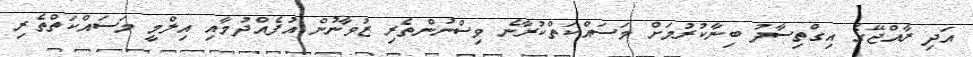
އަދި ރާއްޖޭގެ އިގްތިސާދު ބިނާކުރުމަށް މަސައްކަތްކުރާނެ ވިސްނުންތެރި ޒުވާނުން އުފެއްދުމާއި އިލްމީ މަސައްކަތްތެރި